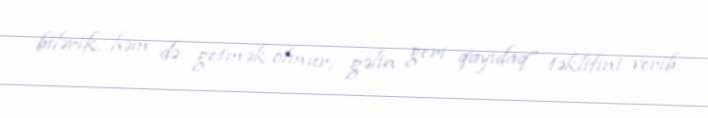
bilərik, həm də getmək olmur, gəlin geri qayıdaq” təklifini verib.